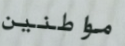
مواطنين